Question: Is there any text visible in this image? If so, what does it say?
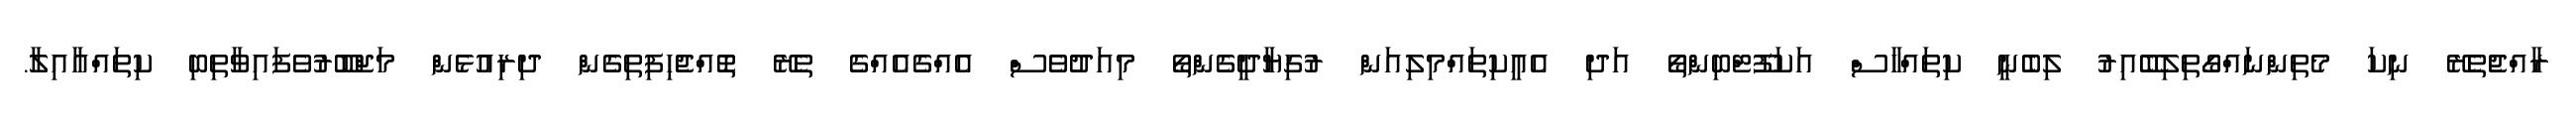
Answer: ރާއްޖެތެރޭ ނިކަ މެތިންނައްގޯތިލިބޭއިރު ލިބެނީ ކިތައްހާސް އަކަފޫޓްބިންތޯ އަދި އެއީކިތައްމިލިއަން ރުގިޔާދީގެންތޯ މިއަދުވެސް އެއްގެއެއްގެ ތެރޭ ތޮއްޖެހިފިތިގެން ދިރިއުޅެން މަޖްބޫރުވެފައިވާތިބި ކިތައްއާއިލާ.